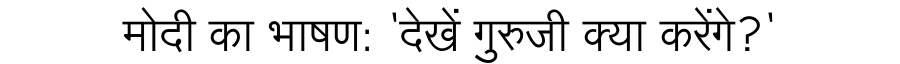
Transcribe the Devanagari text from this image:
मोदी का भाषण: 'देखें गुरुजी क्या करेंगे?'